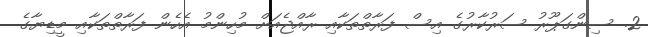
2. ސިންގަޕޫރު ސަރުކާރުގެ އިސް ފަރާތްތަކާއި ރާއްޖެއަށް މުހިންމު އެހެން ފަރާތްތަކާއި މީޑިޔާގެ